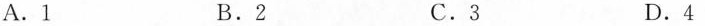
A. 1 B. 2 C. 3 D. 4